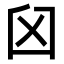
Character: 𦥓